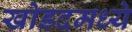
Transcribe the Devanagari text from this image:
खोडदमध्ये